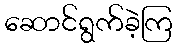
ဆောင်ရွက်ခဲ့ကြ